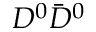
D ^ { 0 } \bar { D } ^ { 0 }